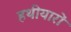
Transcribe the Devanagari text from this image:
हथीयारों